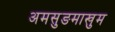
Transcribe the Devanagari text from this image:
अमसुङमाखुम